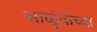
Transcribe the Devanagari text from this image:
साळूंकेच्या